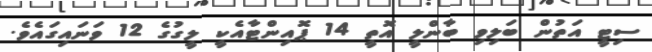
ސިޓީ އަތުން ބަލިވި ބާންލީ އޮތީ 14 ޕޮއިންޓާއެކީ ލީގުގެ 12 ވަނައިގައެވެ.